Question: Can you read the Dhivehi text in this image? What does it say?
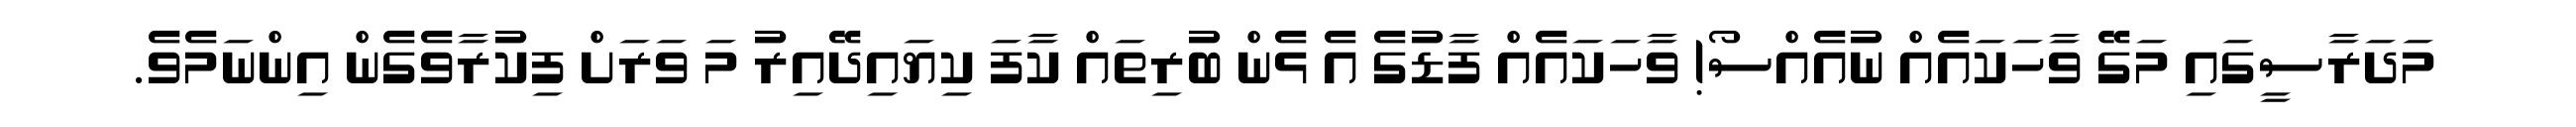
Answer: މަދަރާސީގައި މަގޭ ވާހަކައެއް ނުއެއްސޯ! ވާހަކައެއް ފާޑުގެ އެ ޅެން ބުރިތައް ކާފަ ކިޔައިދޭއިރު މަ ވަރަށް ފިކުރާވެގެން އިންނަމެވެ.